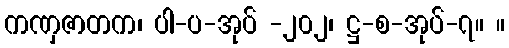
ကဏှဇာတက၊ ပါ-ပ-အုပ် -၂၀၂၊ ဋ္ဌ-စ-အုပ်-၇။ ။